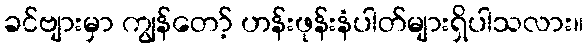
ခင်ဗျားမှာ ကျွန်တော့် ဟန်းဖုန်းနံပါတ်များရှိပါသလား။